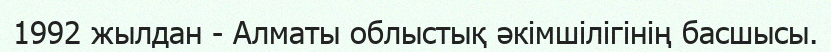
1992 жылдан - Алматы облыстық әкімшілігінің басшысы.